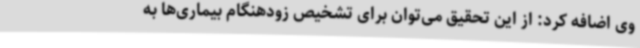
وی اضافه کرد: از این تحقیق می‌توان برای تشخیص زودهنگام بیماری‌ها به